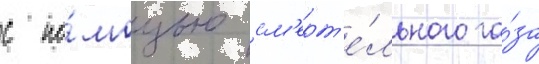
с по́мощью см'ерт'е́льного га́за